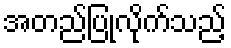
အတည်ပြုလိုက်သည့်